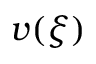
v ( \xi )